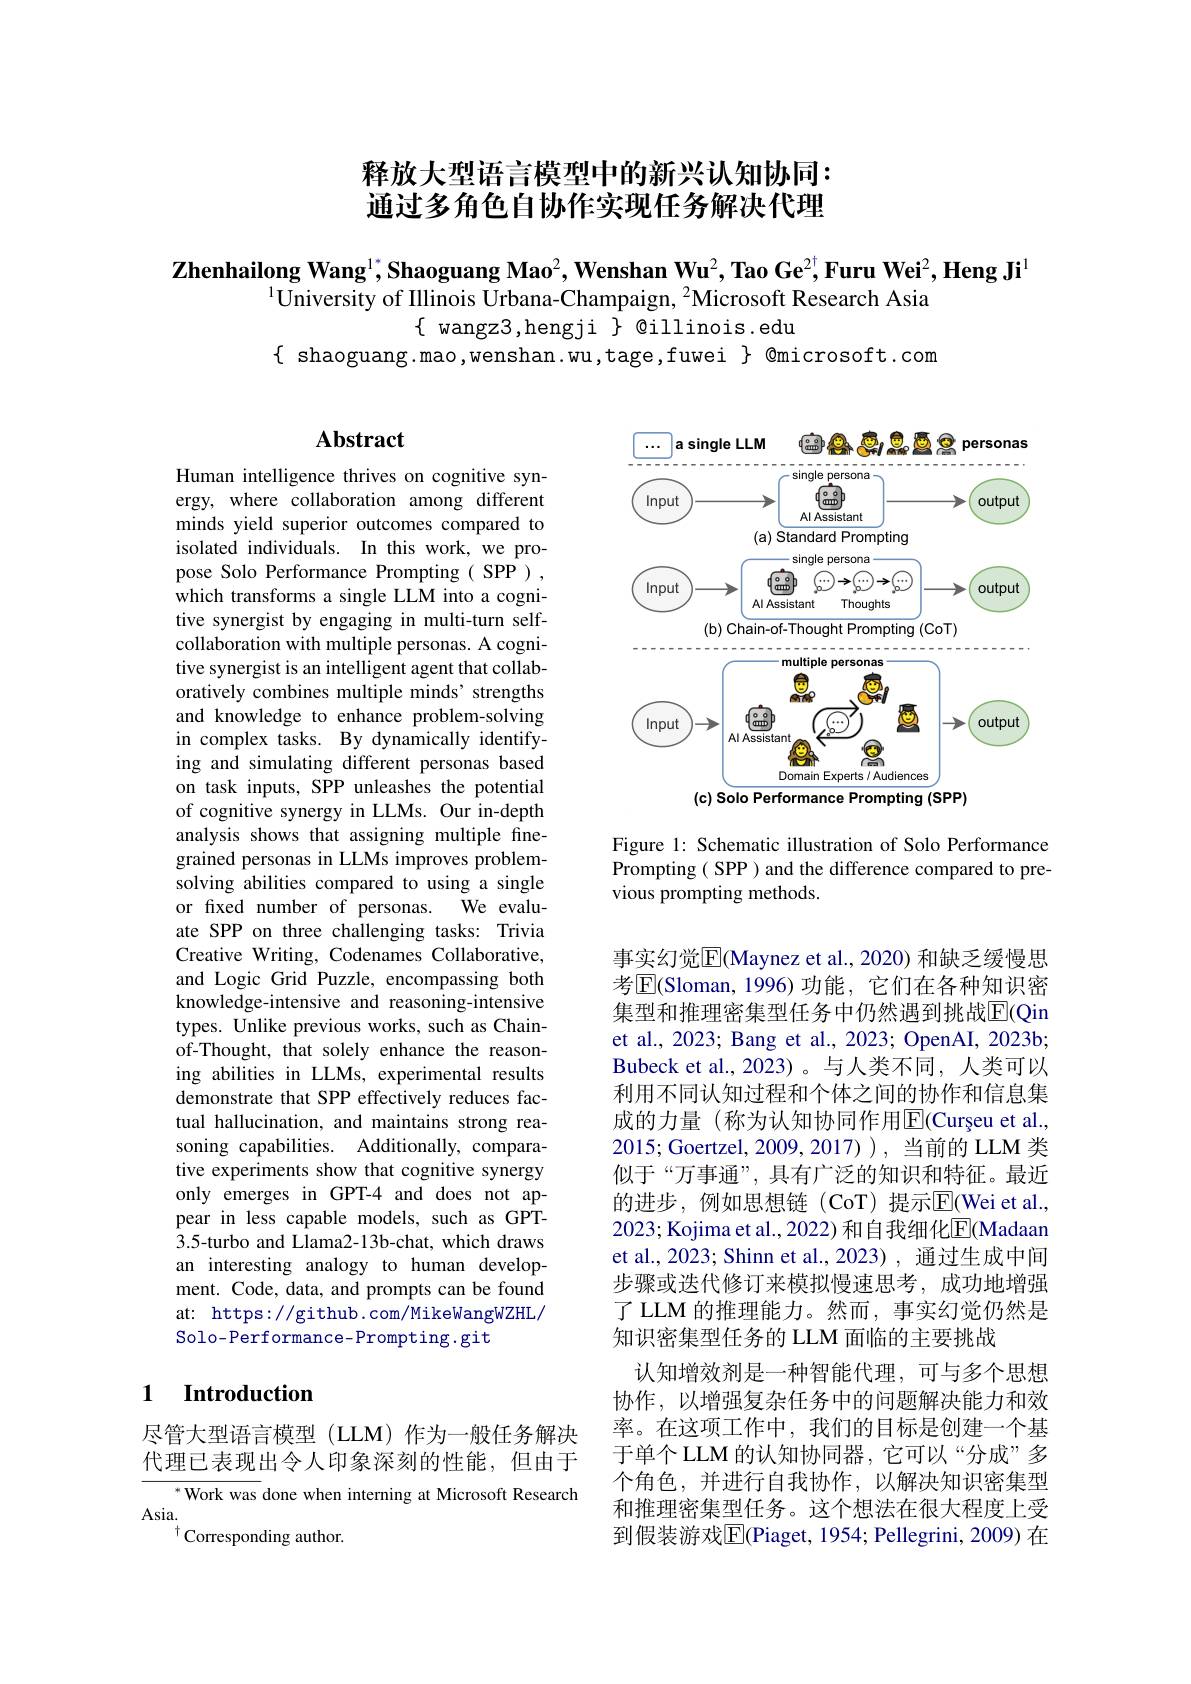
## 释放大型语言模型中的新兴认知协同： 通过多角色自协作实现任务解决代理

$\textbf{Zhenhailong Wang}^{1^*},\textbf{Shaoguang Mao}^2,\textbf{Wenshan Wu}^2,\textbf{Tao Ge}^{2^\dagger},\textbf{Furu Wei}^2,\textbf{Heng Ji}^1$
$^{1}$University of Illinois Urbana-Champaign, $^{2}$Microsoft Research Asia
$\{$ wangz3,hengji $\}$ @illinois.edu
$\{ shaoguang.mao,wenshan.wu,tage,fuwei \} @microsoft.com$

## $\mathbf{Abstract}$

Human intelligence thrives on cognitive synergy, where collaboration among different minds yield superior outcomes compared to isolated individuals. In this work, we propose Solo Performance Prompting( SPP), which transforms a single LLM into a cognitive synergist by engaging in multi-turn selfcollaboration with multiple personas. A cognitive synergist is an intelligent agent that collaboratively combines multiple minds' strengths and knowledge to enhance problem-solving in complex tasks. By dynamically identifying and simulating different personas based on task inputs, SPP unleashes the potential of cognitive synergy in LLMs. Our in-depth analysis shows that assigning multiple finegrained personas in LLMs improves problemsolving abilities compared to using a single
We evalu-
or fixed number of personas.
ate SPP on three challenging tasks: Trivia Creative Writing, Codenames Collaborative, and Logic Grid Puzzle, encompassing both knowledge-intensive and reasoning-intensive types. Unlike previous works, such as Chainof-Thought, that solely enhance the reasoning abilities in LLMs, experimental results demonstrate that SPP effectively reduces factual hallucination, and maintains strong reasoning capabilities. Additionally, comparative experiments show that cognitive synergy only emerges in GPT-4 and does not appear in less capable models, such as GPT- 3.5-turbo and Llama2-13b-chat, which draws an interesting analogy to human development. Code, data, and prompts can be found at: https://github.com/MikeWangWZHL/ Solo-Performance-Prompting.git

## 1 Introduction

尽管大型语言模型(LLM)作为一般任务解决代理已表现出令人印象深刻的性能，但由于
$^{*}$Work was done when interning at Microsoft Research
Asia.
$^{\dagger}$Corresponding author.

<FigureHere>

Figure 1: Schematic illustration of Solo Performance Prompting ( SPP ) and the difference compared to previous prompting methods.

事实幻觉$\overline{\mathrm{E}}$(Maynez et al., 2020) 和缺乏缓慢思考$\overline{\mathrm{E}}($Sloman,1996)功能，它们在各种知识密集型和推理密集型任务中仍然遇到挑战$\overline{\mathrm{E}}$(Qin et al., 2023; Bang et al., 2023; OpenAI, 2023b; Bubeck et al.,2023)。与人类不同，人类可以利用不同认知过程和个体之间的协作和信息集成的力量(称为认知协同作用$\overline{\mathrm{E}}$(Curșeu et al. 2015; Goertzel, 2009, 2017) ), 当前的 LLM 类似于“万事通”,具有广泛的知识和特征。最近的进步，例如思想链(CoT)提示$\overline{\mathrm{E}}($Wei et al. 2023; Kojima et al., 2022) 和自我细化$\underline{\mathrm{E}}($Madaan et al., 2023; Shinn et al., 2023) , 通过生成中间步骤或迭代修订来模拟慢速思考，成功地增强了 LLM 的推理能力。然而，事实幻觉仍然是知识密集型任务的 LLM 面临的主要挑战
认知增效剂是一种智能代理，可与多个思想协作，以增强复杂任务中的问题解决能力和效率。在这项工作中，我们的目标是创建一个基于单个 LLM 的认知协同器，它可以“分成”多个角色，并进行自我协作，以解决知识密集型和推理密集型任务。这个想法在很大程度上受到假装游戏$\overline{\mathrm{E}}($Piaget, 1954; Pellegrini, 2009) 在